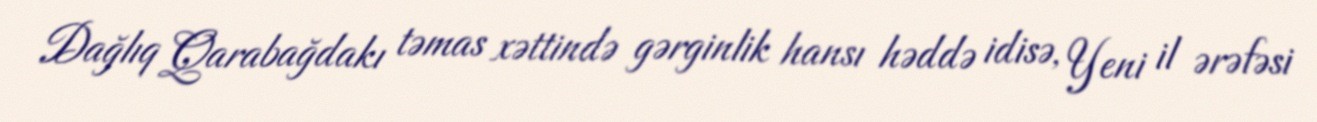
Dağlıq Qarabağdakı təmas xəttində gərginlik hansı həddə idisə, Yeni il ərəfəsi